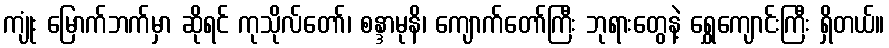
ကျုံး မြောက်ဘက်မှာ ဆိုရင် ကုသိုလ်တော်၊ စန္ဒာမုနိ၊ ကျောက်တော်ကြီး ဘုရားတွေနဲ့ ရွှေကျောင်းကြီး ရှိတယ်။